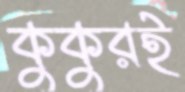
কুকুরই